Sanitation, dispensaries and jails vaccination Rajputana 1922-1927 - 1922-1927
Year: 1922
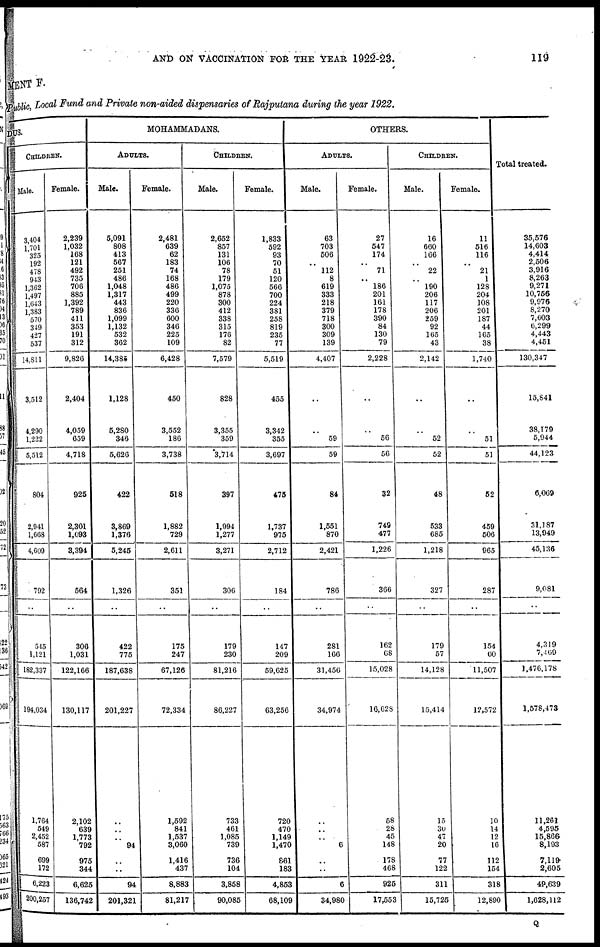
AND ON VACCINATION FOR THE YEAR 1922-23.
119
MENT F.
Public, Local Fund and Private non-aided dispensaries of Rajputana during the year 1922.
DUS.
CHILDREN.
Male.
3,404
1,701
325
192
478
943
1,362
1,497
1,643
1,383
570
349
427
537
14,811
3,512
4,290
1,222
5,512
804
2,941
1,808
4,609
792
..
545
1,121
182,337
194,034
1,764
549
2,452
587
699
172
6,223
200,257
Female.
2,239
1,032
168
121
492
735
706
885
1,392
789
411
353
191
312
9,820
2,404
4,059
659
4,718
925
2,301
1,093
3,394
564
..
306
1,031
122,166
130,117
2,102
639
1,773
792
975
344
6,625
136,742
MOHAMMADANS.
ADULTS.
Male.
5,091
808
413
567
251
486
1,048
1,317
443
836
1,099
1,132
532
362
14,385
1,128
5,280
346
5,626
422
3,869
1,376
5,245
1,326
..
422
775
187,638
201,227
..
..
..
94
..
..
94
201,321
Female.
2,481
639
62
183
74
168
486
499
220
336
600
346
225
109
6,428
450
3,552
186
3,738
518
1,882
729
2,611
351
..
175
247
67,126
72,334
1,592
841
1,537
3,060
1,416
437
8,883
81,217
CHILDREN.
Male.
2,652
857
131
106
78
179
1,075
878
300
412
338
315
176
82
7,579
828
3,355
359
3,714
397
1,994
1,277
3,271
306
..
179
230
81,216
86,227
733
461
1,085
739
736
104
3,858
90,085
Female.
1,833
592
93
70
51
120
566
700
224
381
258
819
235
77
5,519
455
3,342
355
3,697
475
1,737
975
2,712
184
..
147
209
59,625
63,256
720
470
1,149
1,470
861
183
4,853
68,109
OTHERS.
ADULTS.
Male.
63
703
506
..
112
8
619
333
218
379
718
300
309
139
4,407
..
..
59
59
84
1,551
870
2,421
786
..
281
166
31,456
34,974
..
..
..
6
..
..
6
34,980
Female.
27
547
174
..
71
..
186
201
161
178
390
84
130
79
2,228
..
..
56
56
32
749
477
1,226
366
..
162
68
15,028
16,628
58
28
45
148
178
468
925
17,553
CHILDREN.
Male.
16
660
166
..
22
..
190
206
117
206
259
92
165
43
2,142
..
..
52
52
48
533
685
1,218
327
..
179
57
14,128
15,414
15
30
47
20
77
122
311
15,725
Female.
11
516
116
..
21
1
128
204
108
201
187
44
165
38
1,740
..
..
51
51
52
459
506
965
287
..
154
60
11,507
12,572
10
14
12
16
112
154
318
12,890
Total treated.
35,576
14,603
4,414
2,506
3,916
8,263
9,271
10,756
9,976
8,270
7,603
6,299
4,443
4,451
130,347
15,841
38,179
5,944
44,123
6,069
31,187
13,949
45,136
9,081
..
4,319
7,409
1,476,178
1,578,473
11,261
4,595
15,866
8,103
7,119
2,605
49,639
1,628,112
Q